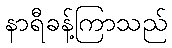
နာရီခန့်ကြာသည်